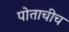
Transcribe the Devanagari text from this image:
पोताचीच